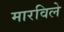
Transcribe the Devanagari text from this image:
मारविले